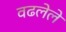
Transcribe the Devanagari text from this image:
वढलेले